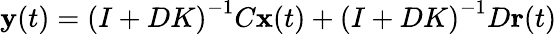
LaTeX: \mathbf{y}(t)=\left(I+DK\right)^{-1}C\mathbf{x}(t)+\left(I+DK\right)^{-1}D\mathbf{r}(t)